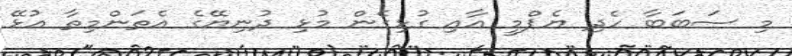
މި ސަބަބާ ހެދި ޔެޕްމީ އާއި ގުޅިގެން މުޅި ދުނިޔޭގެ އެތަންމިތާ އުޅޭ